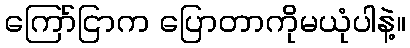
ကြော်ငြာက ပြောတာကိုမယုံပါနဲ့။